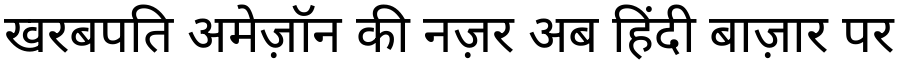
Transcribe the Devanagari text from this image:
खरबपति अमेज़ॉन की नज़र अब हिंदी बाज़ार पर